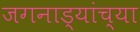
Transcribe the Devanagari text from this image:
जगनाड्यांच्या